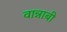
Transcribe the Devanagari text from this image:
वान्नाबी